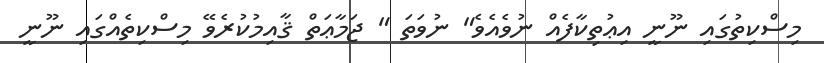
މިސްކިތުގައި ނޫނީ އިޢުތިކާފެއް ނުވެއެވެ" ނުވަތަ " ޖަމާޢަތް ޤާއިމުކުރެވޭ މިސްކިތެއްގައި ނޫނީ